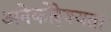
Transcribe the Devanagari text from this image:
अनेकोद्देश्यता